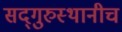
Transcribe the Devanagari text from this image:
सद्‌गुरुस्थानीच